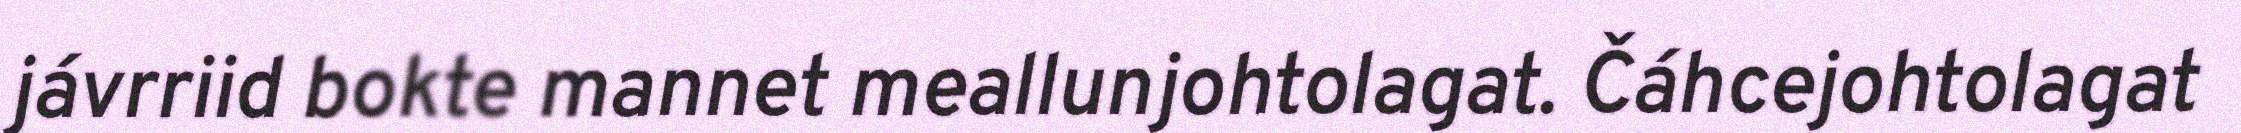
jávrriid bokte mannet meallunjohtolagat. Čáhcejohtolagat